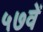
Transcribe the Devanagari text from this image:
५७वें